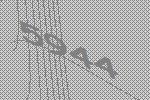
5944